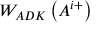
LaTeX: W _ { A D K } \left( A ^ { i + } \right)